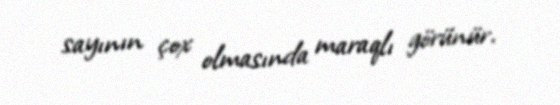
sayının çox olmasında maraqlı görünür.